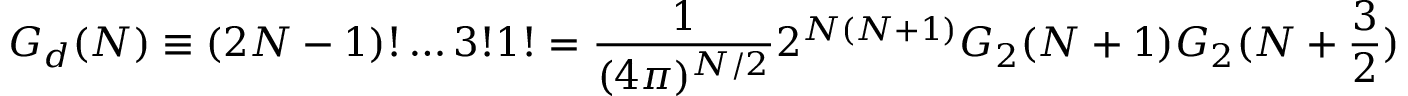
G _ { d } ( N ) \equiv ( 2 N - 1 ) ! \ldots 3 ! 1 ! = { \frac { 1 } { ( 4 \pi ) ^ { N / 2 } } } 2 ^ { N ( N + 1 ) } G _ { 2 } ( N + 1 ) G _ { 2 } ( N + { \frac { 3 } { 2 } } )